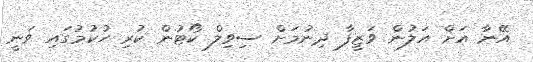
އޭނާ އަށް އަލުން ވަޒީފާ ދިނުމަށް ސިވިލް ކޯޓުން ކުރި ހުކުމުގައި ވަނީ